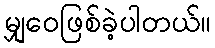
မျှဝေဖြစ်ခဲ့ပါတယ်။